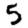
Digit: 5